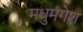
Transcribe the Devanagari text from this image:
मधुमंगेश